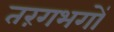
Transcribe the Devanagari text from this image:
तरंगभगों